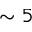
\sim 5